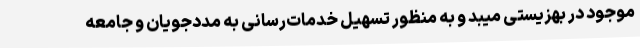
موجود در بهزیستی میبد و به منظور تسهیل خدمات‌رسانی به مددجویان و جامعه